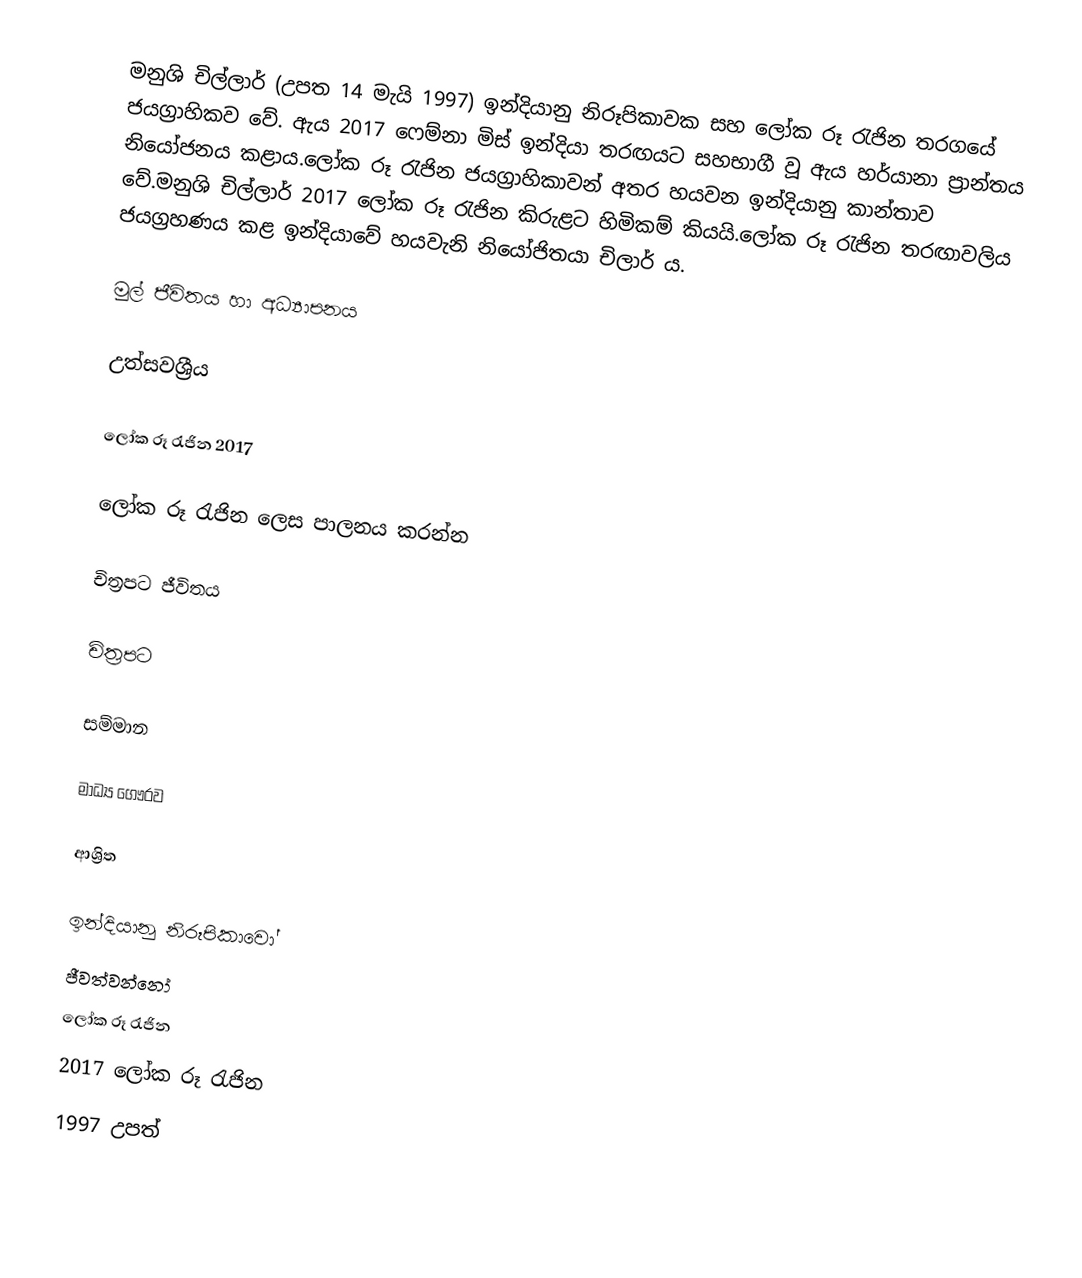
මනුශි චිල්ලාර් (උපත 14 මැයි 1997) ඉන්දියානු නිරූපිකාවක සහ ලෝක රූ රැජින තරගයේ ජයග්‍රාහිකව වේ. ඇය 2017 ෆෙම්නා මිස් ඉන්දියා තරඟයට සහභාගී වූ ඇය හර්යානා ප්‍රාන්තය නියෝජනය කළාය.ලෝක රූ රැජින ජයග්‍රාහිකාවන් අතර හයවන ඉන්දියානු කාන්තාව වේ.මනුශි චිල්ලාර් 2017 ලෝක රූ රැජින කිරුළට හිමිකම් කියයි.ලෝක රූ රැජින තරඟාවලිය ජයග්‍රහණය කළ ඉන්දියාවේ හයවැනි නියෝජිතයා චිලාර් ය.

මුල් ජීවිතය හා අධ්‍යාපනය

උත්සවශ්‍රීය

ලෝක රූ රැජින 2017

ලෝක රූ රැජින ලෙස පාලනය කරන්න

චිත්‍රපට ජීවිතය

චිත්‍රපට

සම්මාන

මාධ්‍ය ගෞරව

ආශ්‍රිත

ඉන්දියානු නිරූපිකාවෝ
ජීවත්වන්නෝ
ලෝක රූ රැජින
2017 ලෝක රූ රැජින
1997 උපත්